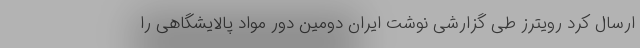
ارسال کرد رویترز طی گزارشی نوشت ایران دومین دور مواد پالایشگاهی را